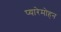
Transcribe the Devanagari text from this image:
प्यारेमोहन